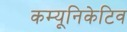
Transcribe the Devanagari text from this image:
कम्यूनिकेटिव